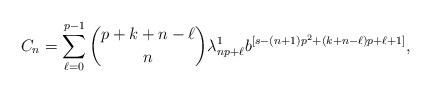
LaTeX: \begin{align*}C_n=\sum_{\ell=0}^{p-1}\binom{p+k+n-\ell}{n}\lambda^1_{np+\ell} b^{[s-(n+1)p^2+(k+n-\ell)p+\ell+1]},\end{align*}